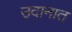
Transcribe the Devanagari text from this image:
उदानात